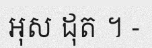
អុស ដុត ។ -